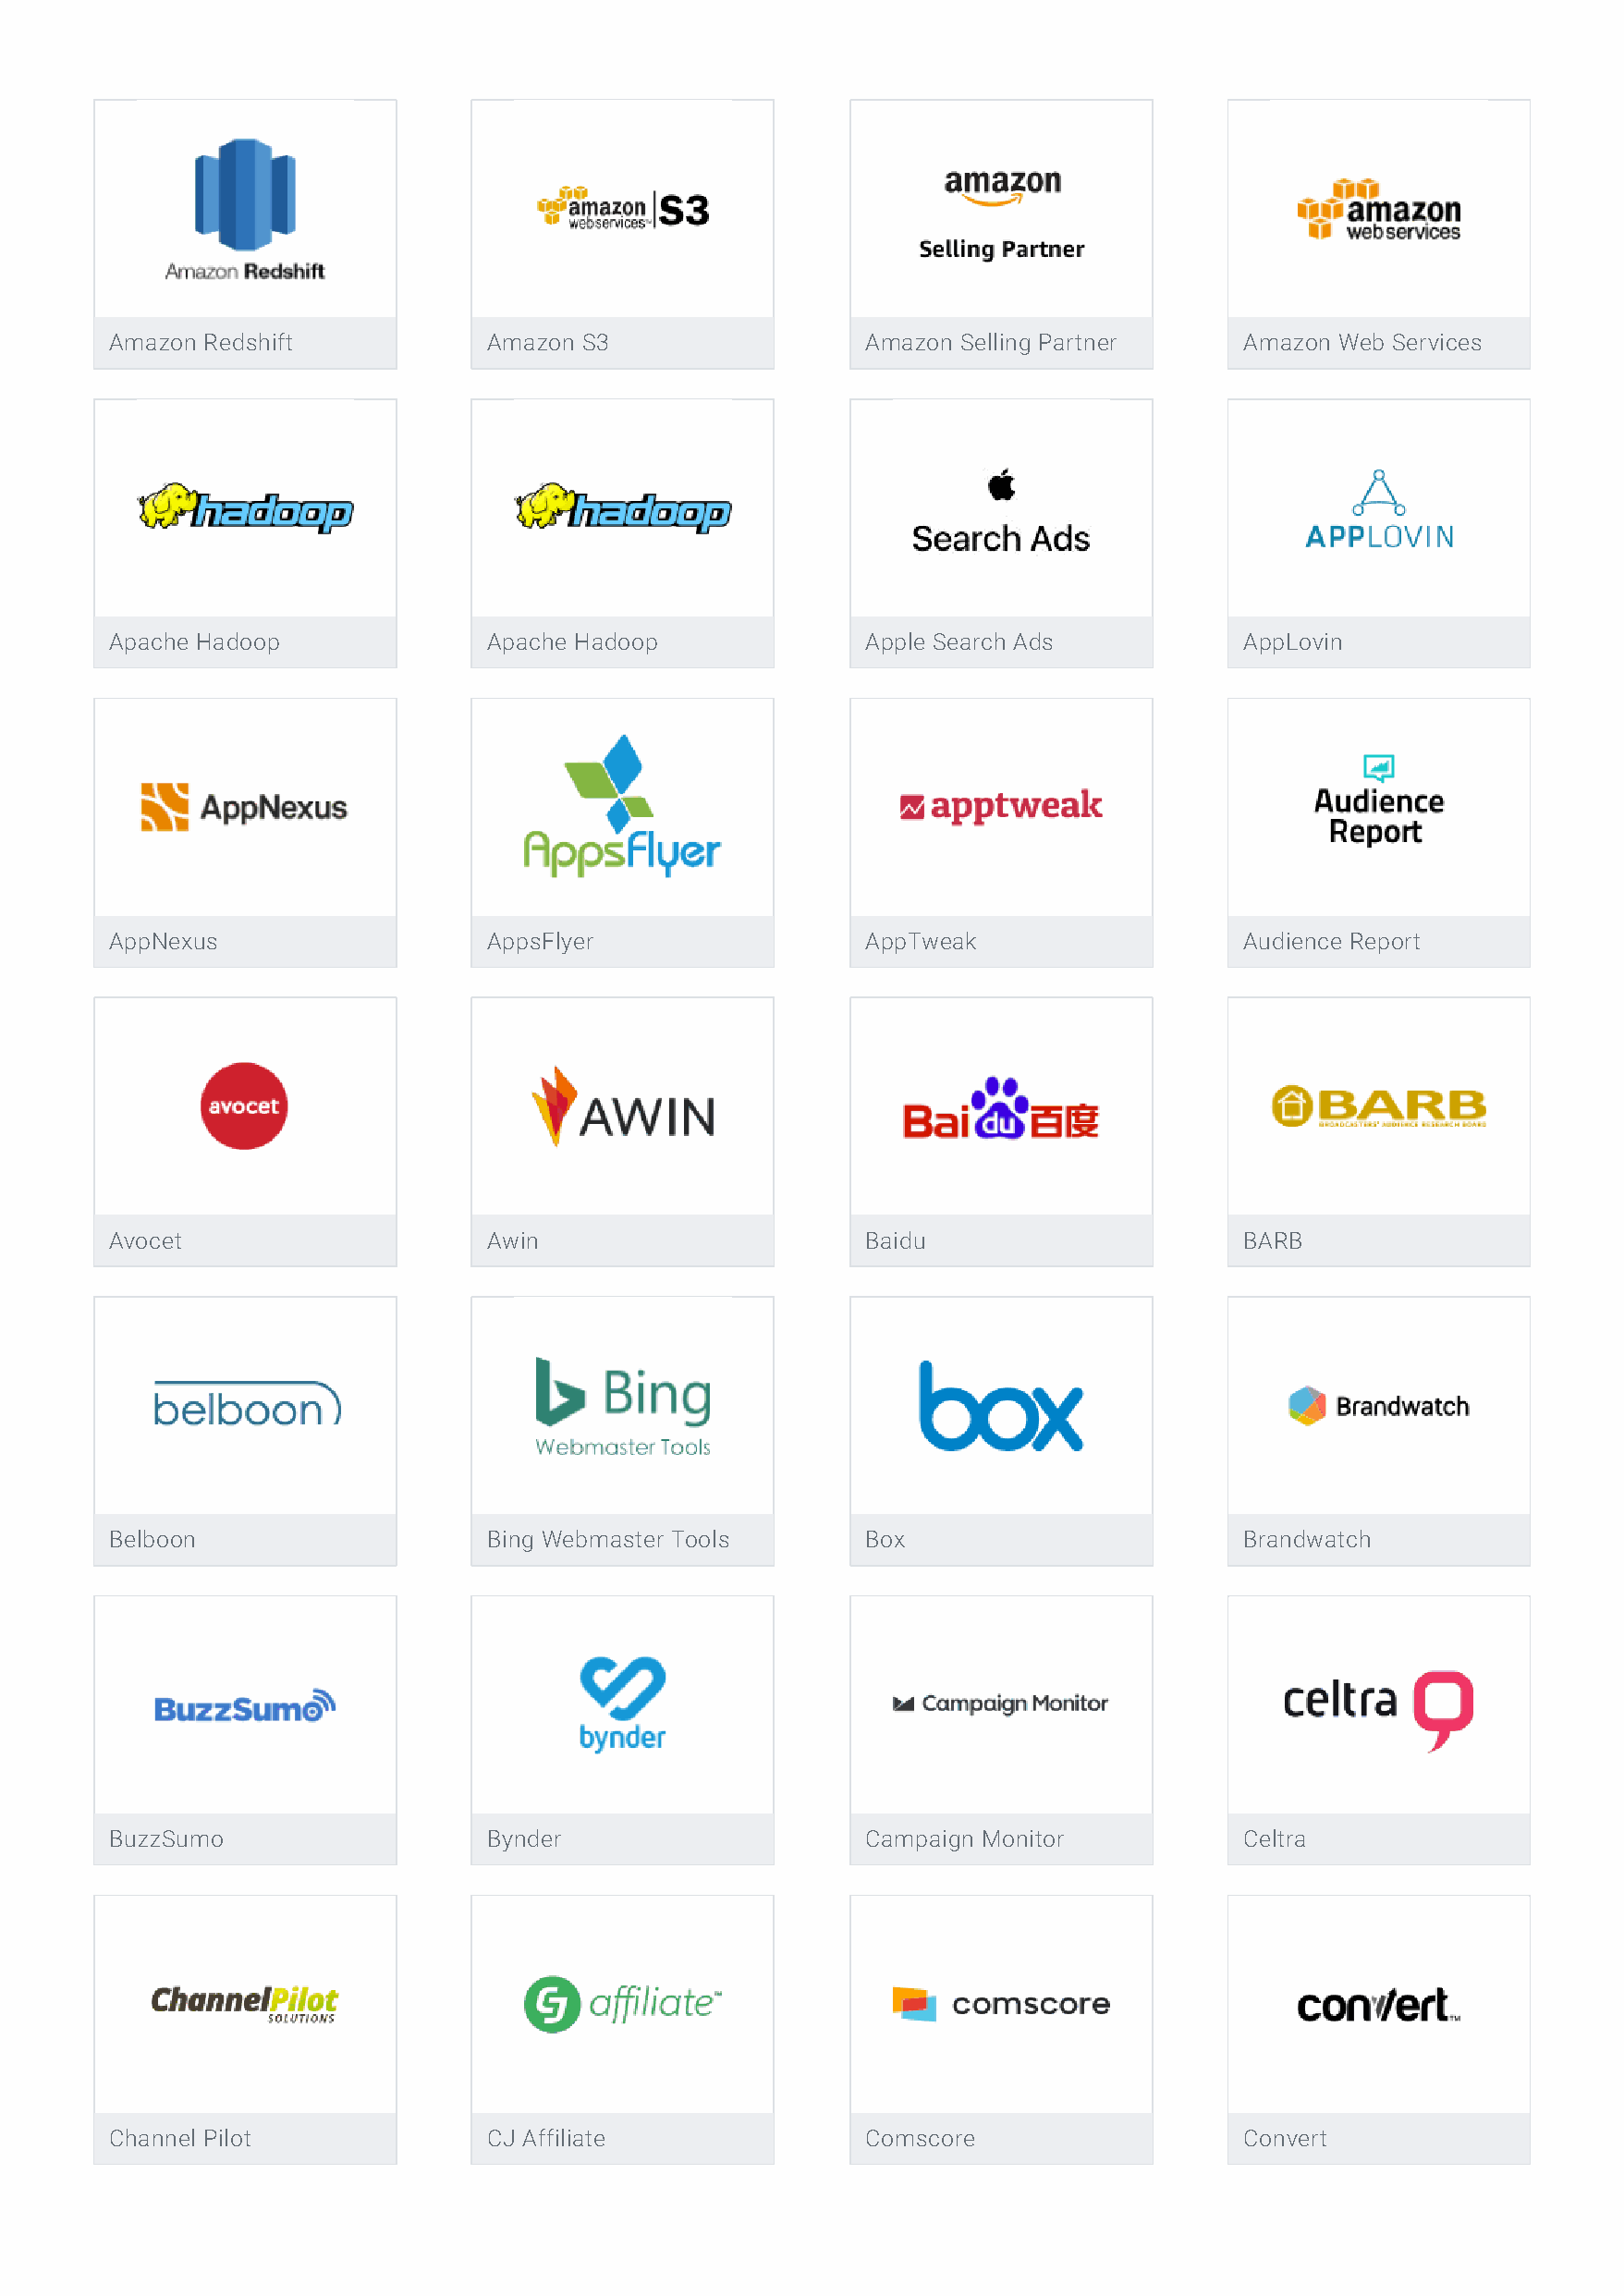
Amazon Redshift            Amazon S3                  Amazon Selling Partner     Amazon Web Services
 Apache Hadoop              Apache Hadoop              Apple Search Ads           AppLovin
 AppNexus                   AppsFlyer                  AppTweak                   Audience Report
 Avocet                     Awin                       Baidu                      BARB
 Belboon                    Bing Webmaster Tools       Box                        Brandwatch
 BuzzSumo                   Bynder                     Campaign Monitor           Celtra
 Channel Pilot              CJ Affiliate               Comscore                   Convert